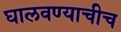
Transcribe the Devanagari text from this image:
घालवण्याचीच